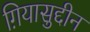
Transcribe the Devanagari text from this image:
ग़ियासुद्दीन